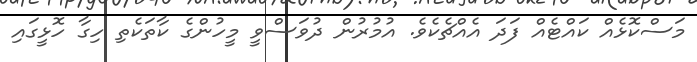
މަސްކޮޅެއް ކައްޓެއް ފަދަ އެއްޗެކެވެ. އުމުރުން ދުވަސްވީ މީހުންގެ ކާތަކެތި ހިގާ ހޮޅީގައި